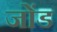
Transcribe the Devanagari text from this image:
जोंड